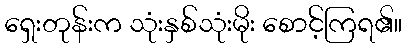
ရှေးတုန်းက သုံးနှစ်သုံးမိုး စောင့်ကြရ၏။